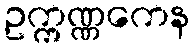
ဥက္ကဏ္ဏကေန